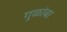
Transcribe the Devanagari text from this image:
गुळांबा